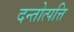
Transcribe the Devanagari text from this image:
दन्तोत्पत्ति